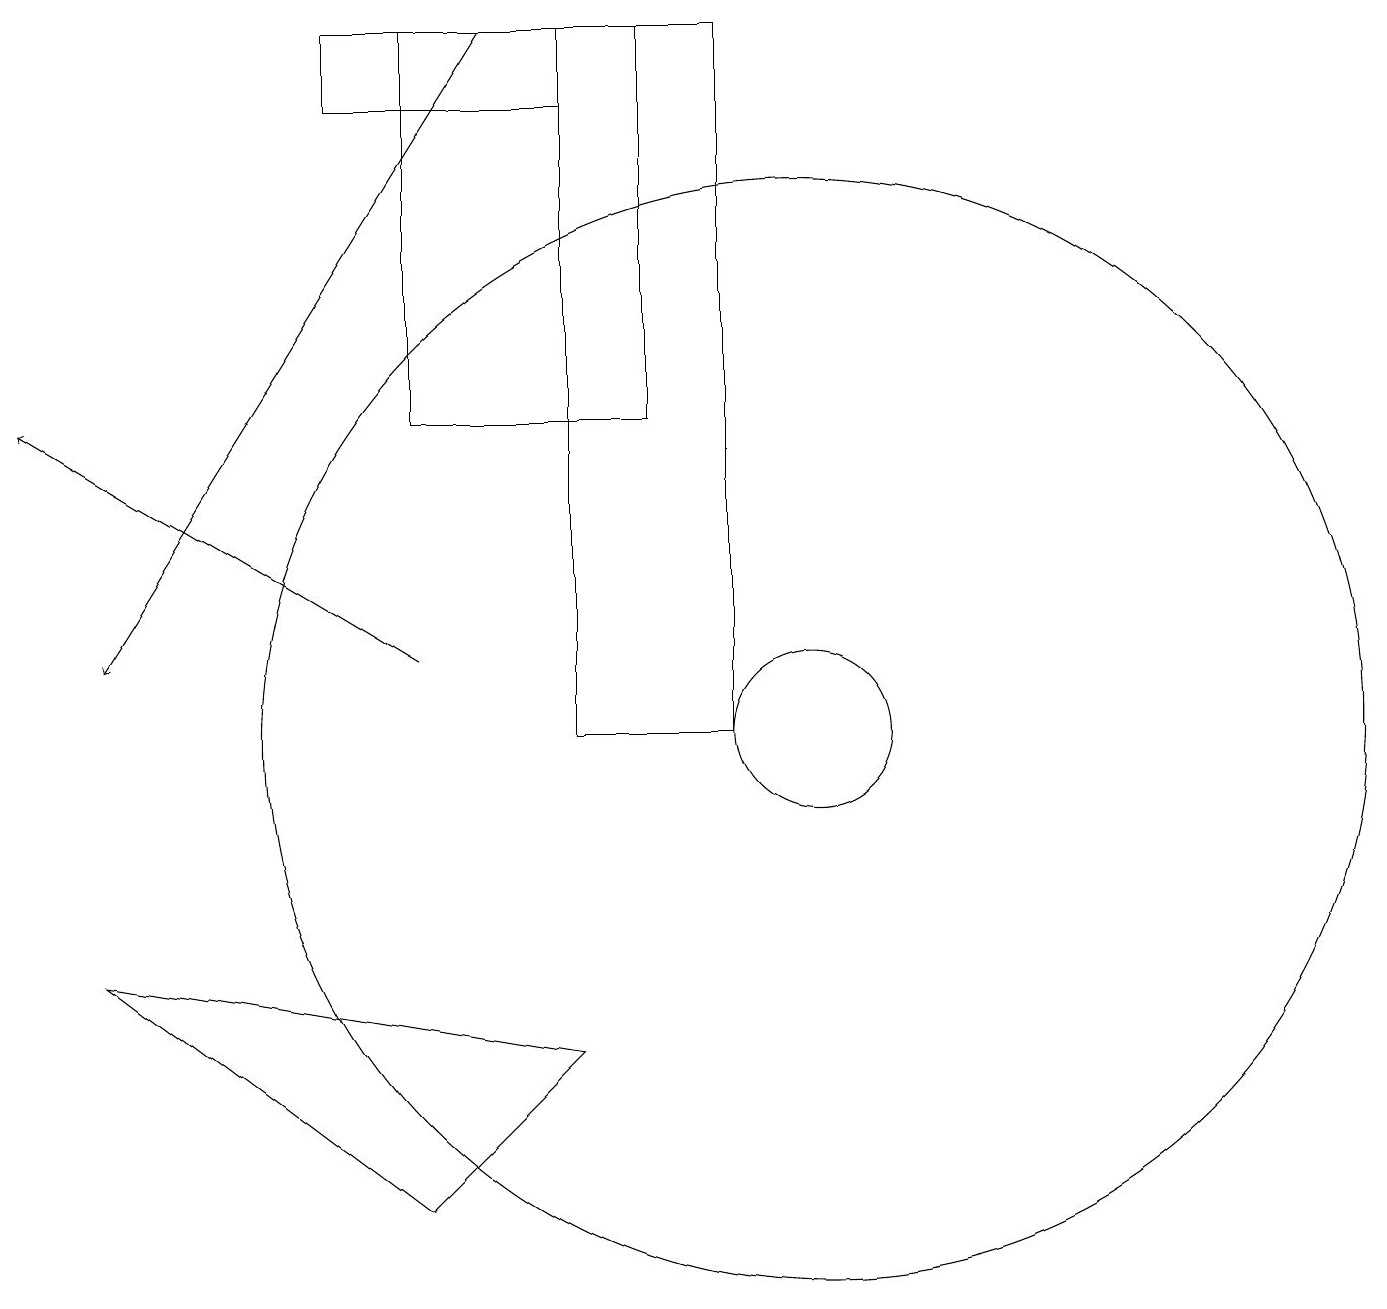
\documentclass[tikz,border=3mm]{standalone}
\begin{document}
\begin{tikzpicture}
\draw (7,18) rectangle (4,19);
\draw (1,7) -- (7,6) -- (5,4) -- cycle;
\draw (10,10) circle (1);
\draw[->] (5,11) -- (0,14);
\draw (10,10) circle (7);
\draw[->] (6,19) -- (1,11);
\draw (9,19) rectangle (7,10);
\draw (8,19) rectangle (5,14);
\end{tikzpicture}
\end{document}